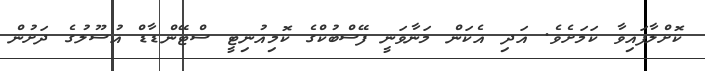
ކޮށްލާފައިވާ ކަމަށެވެ. އަދި އެކަން މަނާވަނީ ފޭސްބުކްގެ ކޮމިއުނިޓީ ސްޓޭންޑާޑް އުސޫލުގެ ދަށުން